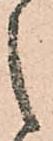
之